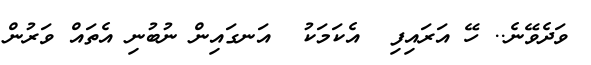
ވަދެވޭނެ.. ހޭ އަރައިފި  އެކަމަކު  އަނގައިން ނުބުނި އެތައް ވަރުން